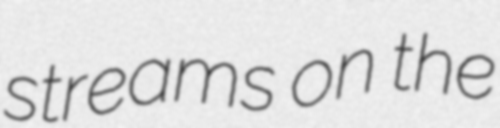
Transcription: streams on the